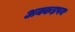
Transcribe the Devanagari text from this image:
अक्कड़पन